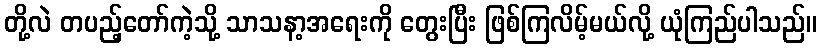
တို့လဲ တပည့်တော်ကဲ့သို့ သာသနာ့အရေးကို တွေးပြီး ဖြစ်ကြလိမ့်မယ်လို့ ယုံကြည်ပါသည်။